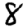
Digit: 8